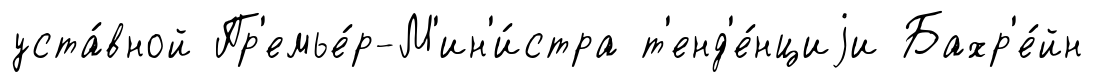
уста́вной Пр'емье́р-М'ин'и́стра т'енд'е́нциjи Бахр'е́йн